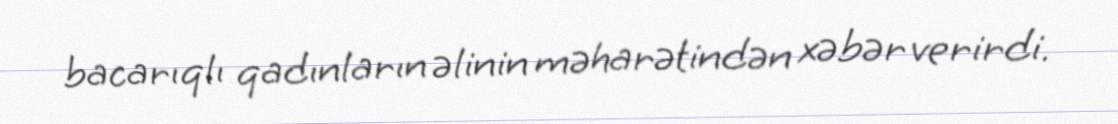
bacarıqlı qadınların əlinin məharətindən xəbər verirdi.